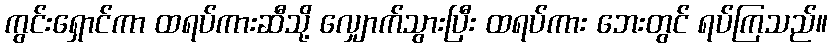
ကွင်းရှောင်ကာ ထရပ်ကားဆီသို့ လျှောက်သွားပြီး ထရပ်ကား ဘေးတွင် ရပ်ကြသည်။